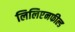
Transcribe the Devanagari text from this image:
लिलिएनफील्ड